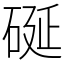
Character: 硟